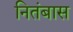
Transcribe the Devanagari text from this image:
नितंबास